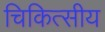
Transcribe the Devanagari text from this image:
चिकित्‍सीय